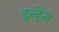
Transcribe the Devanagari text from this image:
इन्हेंन